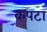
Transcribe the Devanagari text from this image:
कपटा